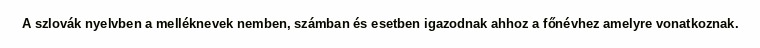
A szlovák nyelvben a melléknevek nemben, számban és esetben igazodnak ahhoz a főnévhez amelyre vonatkoznak.